Annual report on the mental hospital in the Central Provinces and Berar (Nagpur) - 1927-1951
Year: 1927
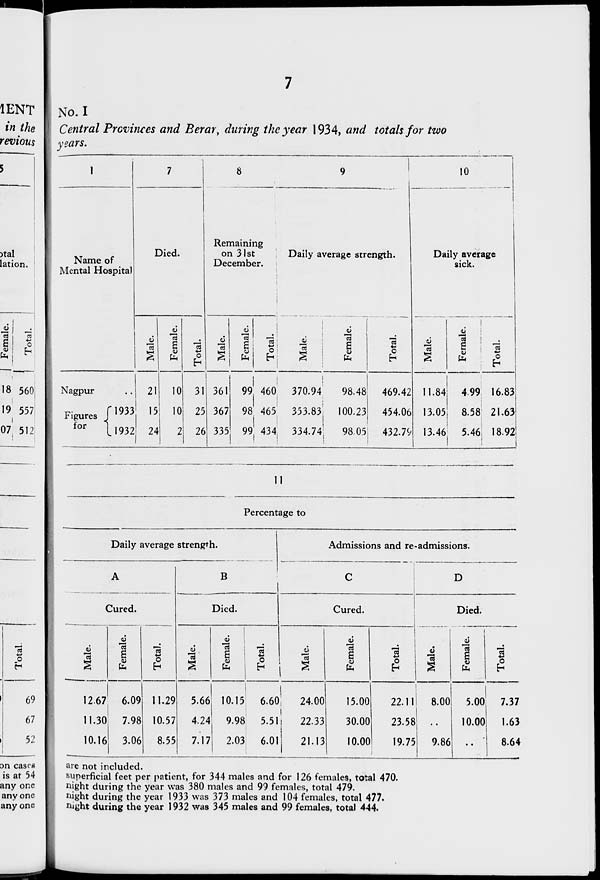
7
No. I
Central Provinces and Berar, during the year 1934, and totals for two
years.
1
Name of
Mental Hospital
Nagpur..
Figures
for
1933
1932
7
Died.
Male.
21
15
24
Female.
10
10
2
Total.
31
25
26
8
Remaining
on 31st
December.
Male.
361
367
335
Female.
99
98
99
Total.
460
465
434
9
Daily average strength.
Male.
370.94
353.83
334.74
Female.
98.48
100.23
98.05
Total.
469.42
454.06
432.79
10
Daily average
sick.
Male.
11.84
13.05
13.46
Female.
4.99
8.58
5.46
Total.
16.83
21.63
18.92
11
Percentage to
Daily average strength.
A
Cured.
Male.
12.67
11.30
10.16
Female.
6.09
7.98
3.06
Total.
11.29
10.57
8.55
B
Died.
Male.
5.66
4.24
7.17
Female.
10.15
9.98
2.03
Total.
6.60
5.51
6.01
Admissions and re-admissions.
C
Cured.
Male.
24.00
22.33
21.13
Female.
15.00
30.00
10.00
Total.
22.11
23.58
19.75
D
Died.
Male.
8.00
..
9.86
Female.
5.00
10.00
..
Total.
7.37
1.63
8.64
are not included.
superficial feet per patient, for 344 males and for 126 females, total 470.
night during the year was 380 males and 99 females, total 479.
night during the year 1933 was 373 males and 104 females, total 477.
night during the year 1932 was 345 males and 99 females, total 444.